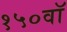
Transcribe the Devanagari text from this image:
१५०वॉ